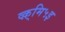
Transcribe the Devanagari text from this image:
व्क़्मि५इ